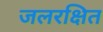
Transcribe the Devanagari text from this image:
जलरक्षित